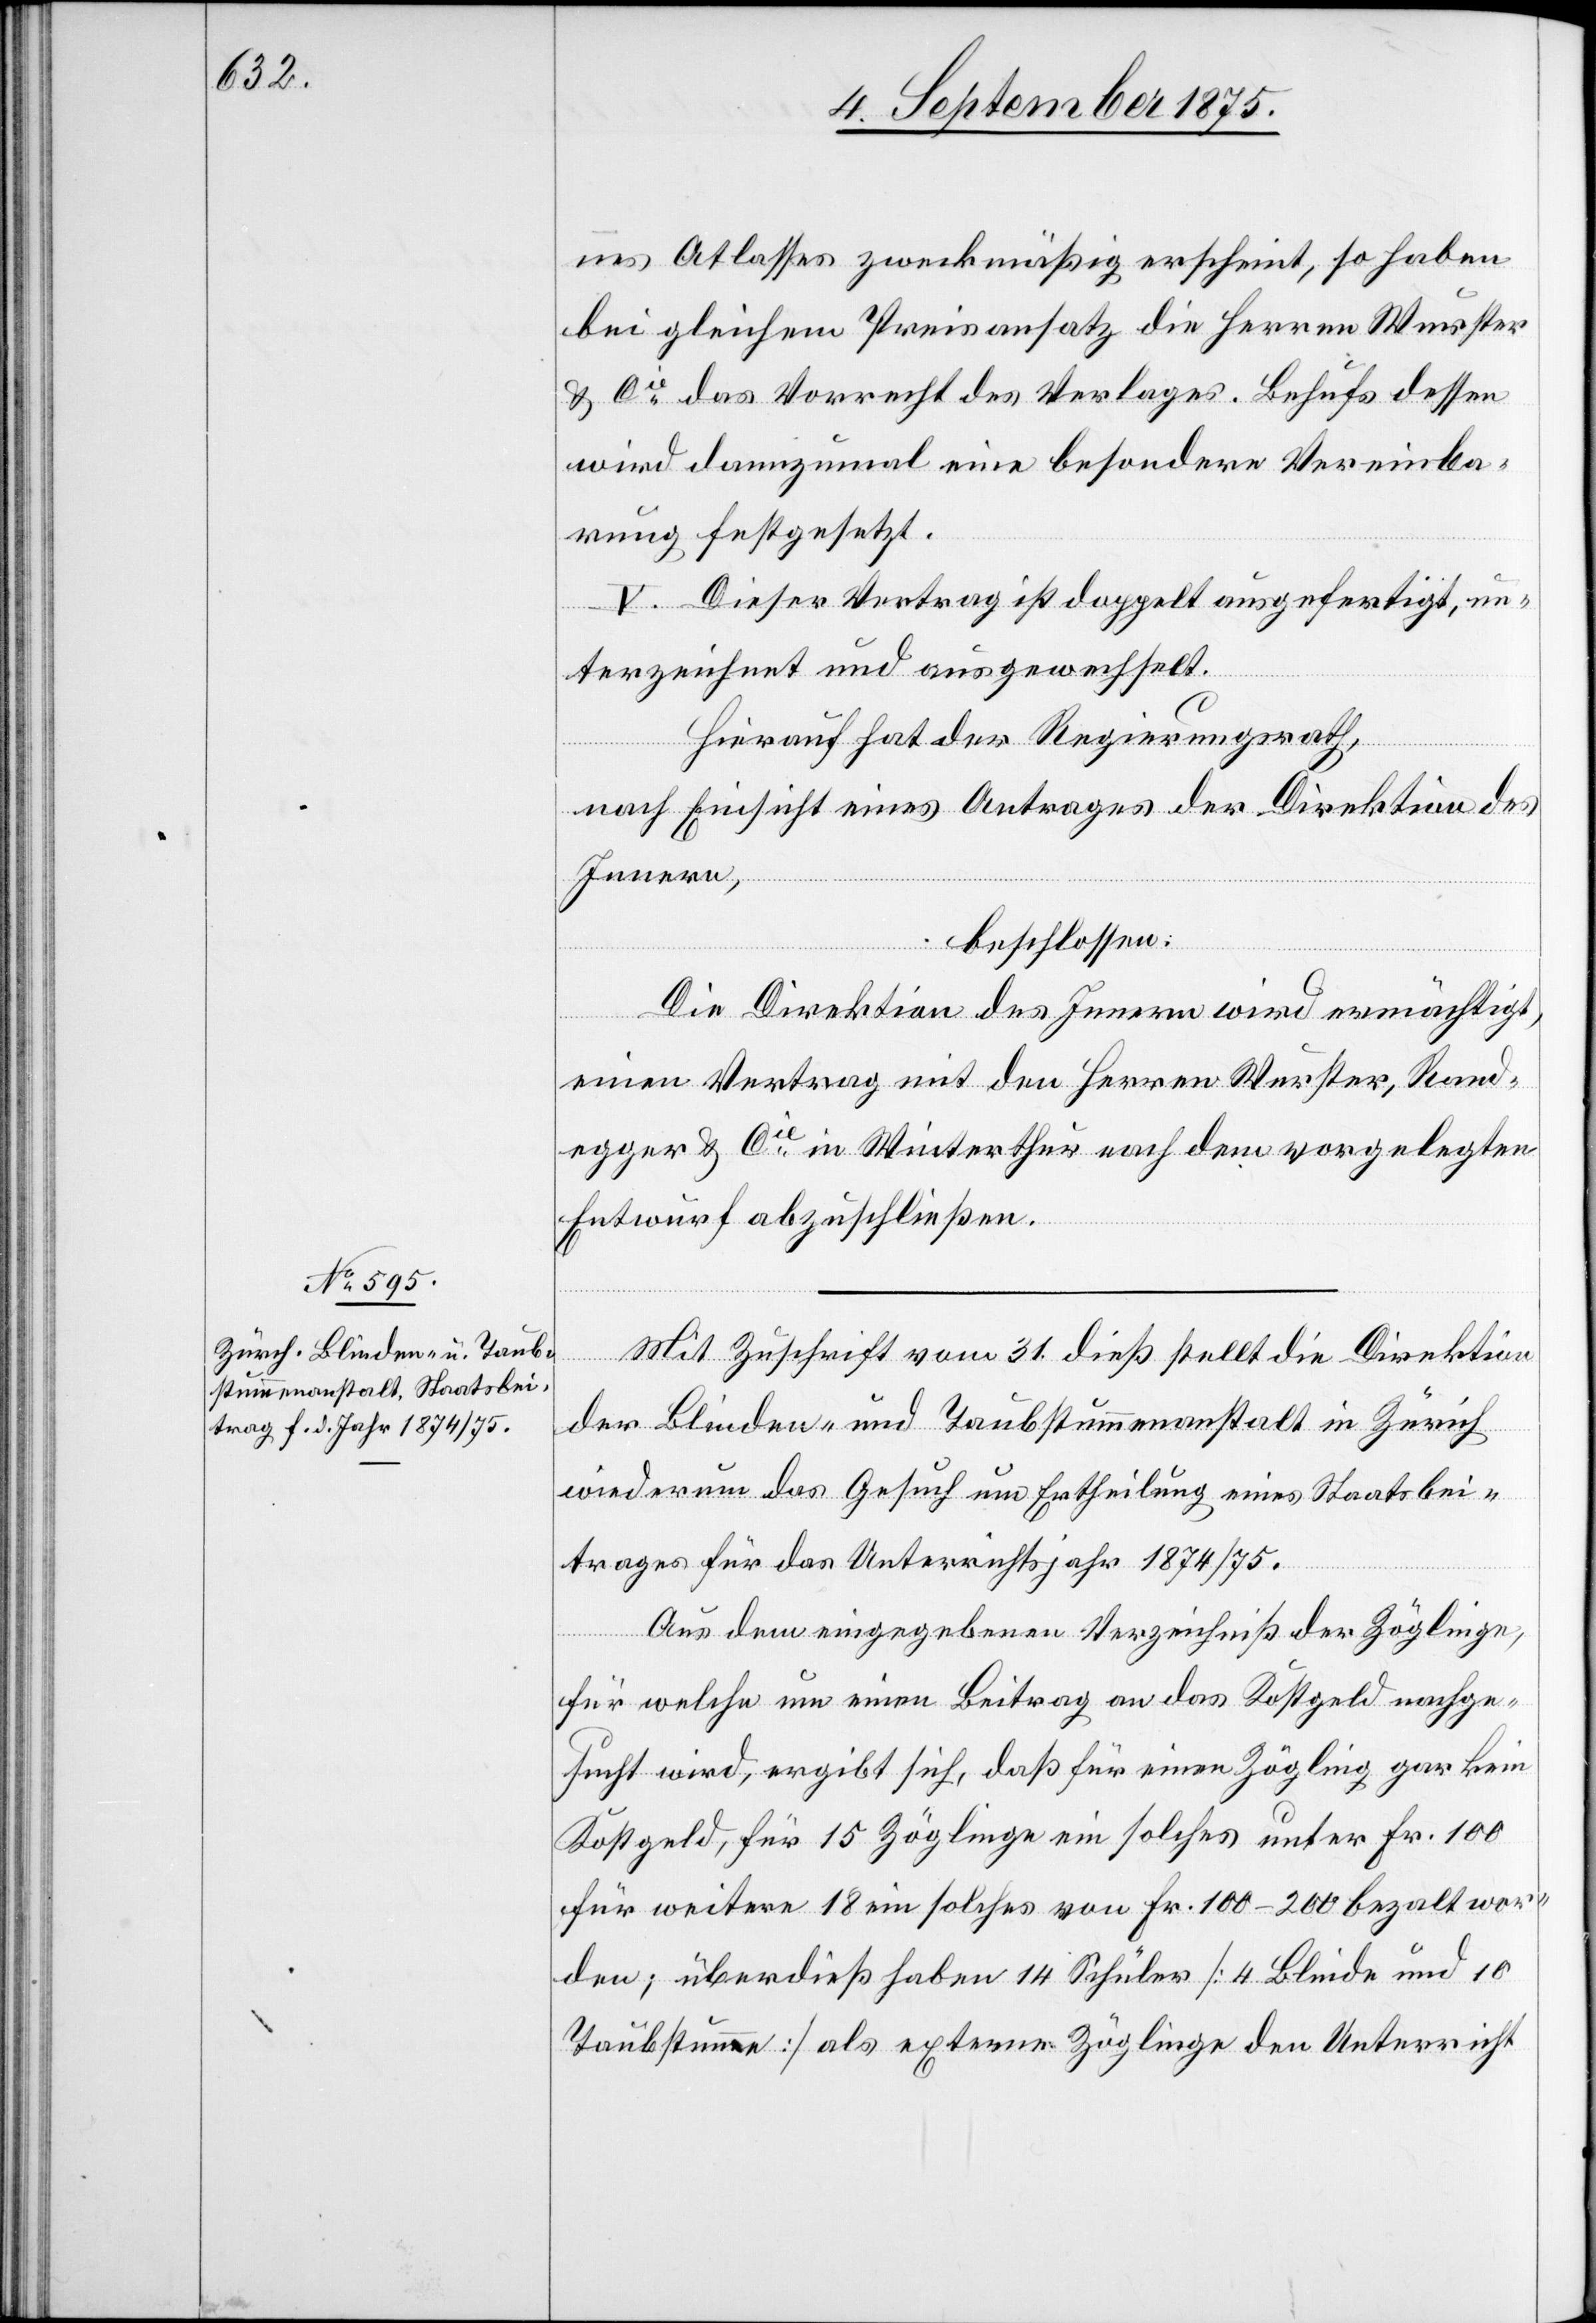
nes Atlasses zweckmäßig erscheint, so haben
bei gleichem Preisansatz die Herren Wurster
& Cie das Vorrecht des Verlages. Behufs dessen
wird dannzumal eine besondere Vereinba¬
rung festgesetzt.
V. Dieser Vertrag ist doppelt ausgefertigt, un¬
terzeichnet und ausgewechselt.
Hierauf hat der Regierungsrath,
nach Einsicht eines Antrages der Direktion des
Innern,
beschlossen:
Die Direktion des Innern wird ermächtigt,
einen Vertrag mit den Herren Wurster, Rand¬
egger & Cie in Winterthur nach dem vorgelegten
Entwurf abzuschließen.
Mit Zuschrift vom 31. dieß stellt die Direktion
der Blinden und Taubstummenanstalt Zürich
wiederum das Gesuch um Ertheilung eines Staatsbei¬
trages für das Unterrichtsjahr 1874/75.
Aus dem eingegebenen Verzeichniß der Zöglinge,
für welche um einen Beitrag an das Kostgeld nachge¬
sucht wird, ergibt sich, daß für einen Zögling gar kein
Kostgeld, für 15 Zöglinge ein solches unter Fr. 100
für weitere 18 ein solches von Fr. 100–200 bezahlt wor¬
den; überdieß haben 14 Schüler [4 Blinde und 10
Taubstumme] als externe Zögling den Unterricht